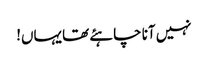
نہیں آنا چاہئے تھا یہاں!